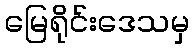
မြေရိုင်းဒေသမှ